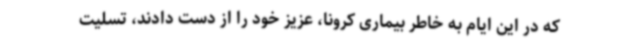
که در این ایام به خاطر بیماری کرونا، عزیز خود را از دست دادند، تسلیت